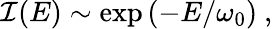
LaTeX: {\cal I}(E)\sim\exp\left(-E/\omega_{0}\right)\ ,